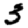
Digit: 3